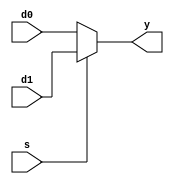
// This program was cloned from: https://github.com/FPGAwars/FLIX-V
// License: GNU Lesser General Public License v2.1

/*
 *  kianv harris multicycle RISC-V rv32im
 *
 *  copyright (c) 2022/23 hirosh dabui <hirosh@dabui.de>
 *
 *  permission to use, copy, modify, and/or distribute this software for any
 *  purpose with or without fee is hereby granted, provided that the above
 *  copyright notice and this permission notice appear in all copies.
 *
 *  the software is provided "as is" and the author disclaims all warranties
 *  with regard to this software including all implied warranties of
 *  merchantability and fitness. in no event shall the author be liable for
 *  any special, direct, indirect, or consequential damages or any damages
 *  whatsoever resulting from loss of use, data or profits, whether in an
 *  action of contract, negligence or other tortious action, arising out of
 *  or in connection with the use or performance of this software.
 *
 */
`default_nettype none `timescale 1 ns / 100 ps
/* verilator lint_off MULTITOP */

module mux2 #(
        parameter WIDTH = 32
    ) (
        input  wire [WIDTH -1:0] d0,
        d1,
        input  wire              s,
        output wire [WIDTH -1:0] y
    );

    assign y = s ? d1 : d0;
endmodule

module mux3 #(
        parameter WIDTH = 32
    ) (
        input  wire [WIDTH -1:0] d0,
        d1,
        d2,
        input  wire [       1:0] s,
        output wire [WIDTH -1:0] y
    );

    assign y = s[1] ? d2 : (s[0] ? d1 : d0);
endmodule

module mux4 #(
        parameter WIDTH = 32
    ) (
        input  wire [WIDTH -1:0] d0,
        d1,
        d2,
        d3,
        input  wire [       1:0] s,
        output wire [WIDTH -1:0] y
    );

    wire [WIDTH -1:0] low, high;

    mux2 lowmux (
             d0,
             d1,
             s[0],
             low
         );
    mux2 highmux (
             d2,
             d3,
             s[0],
             high
         );
    mux2 finalmux (
             low,
             high,
             s[1],
             y
         );
endmodule

module mux5 #(
        parameter WIDTH = 32
    ) (
        input  wire [WIDTH -1:0] d0,
        d1,
        d2,
        d3,
        d4,
        input  wire [       2:0] s,
        output wire [WIDTH -1:0] y

    );

    assign y = (s == 0) ? d0 : (s == 1) ? d1 : (s == 2) ? d2 : (s == 3) ? d3 : d4;

endmodule

module mux6 #(
        parameter WIDTH = 32
    ) (
        input  wire [WIDTH -1:0] d0,
        d1,
        d2,
        d3,
        d4,
        d5,
        input  wire [       2:0] s,
        output wire [WIDTH -1:0] y

    );

    assign y = (s == 0) ? d0 : (s == 1) ? d1 : (s == 2) ? d2 : (s == 3) ? d3 : (s == 4) ? d4 : d5;

endmodule

module dlatch #(
        parameter WIDTH = 32
    ) (
        input wire clk,
        input wire [WIDTH -1:0] d,
        output reg [WIDTH -1:0] q
    );
    always @(posedge clk) q <= d;
endmodule

module dff #(
        parameter WIDTH  = 32,
        parameter PRESET = 0
    ) (
        input wire resetn,
        input wire clk,
        input wire en,
        input wire [WIDTH -1:0] d,
        output reg [WIDTH -1:0] q
    );
    always @(posedge clk)
        if (!resetn) q <= PRESET;
        else if (en) q <= d;

endmodule
module counter #(
        parameter WIDTH = 32
    ) (
        input wire resetn,
        input wire clk,
        input wire inc,
        output reg [WIDTH -1:0] q
    );
    always @(posedge clk)
        if (!resetn) q <= 0;
        else if (inc) q <= q + 1;

endmodule
/* verilator lint_on MULTITOP */